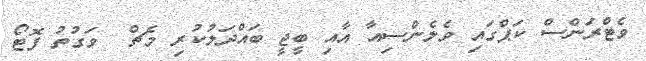
ވެޓްރަންސް ކަޕްގައި ވެލެންސިއާ އާއި ބީޖީ ބައްދަލުކުރި މެޗް  ވަގުތު ފޮޓޯ